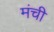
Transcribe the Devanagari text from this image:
मंची